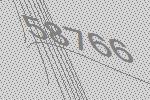
58766